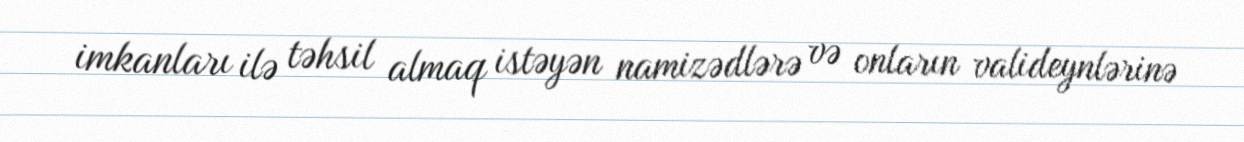
imkanları ilə təhsil almaq istəyən namizədlərə və onların valideynlərinə